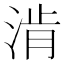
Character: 𰜀